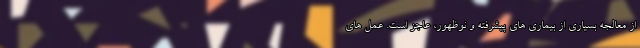
از معالجه بسیاری از بیماری های پیشرفته و نوظهور، عاجز است. عمل های